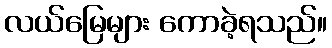
လယ်မြေများ ကောခဲ့ရသည်။